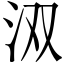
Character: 𮳄